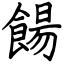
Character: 餳